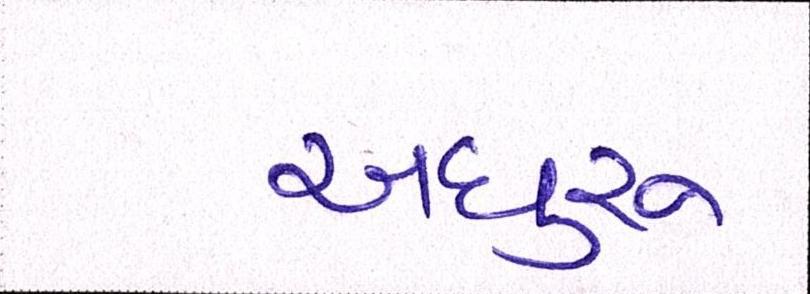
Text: અધુરુ